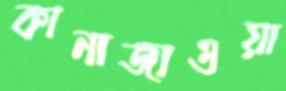
কানাজাওয়া